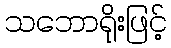
သဘောရိုးဖြင့်